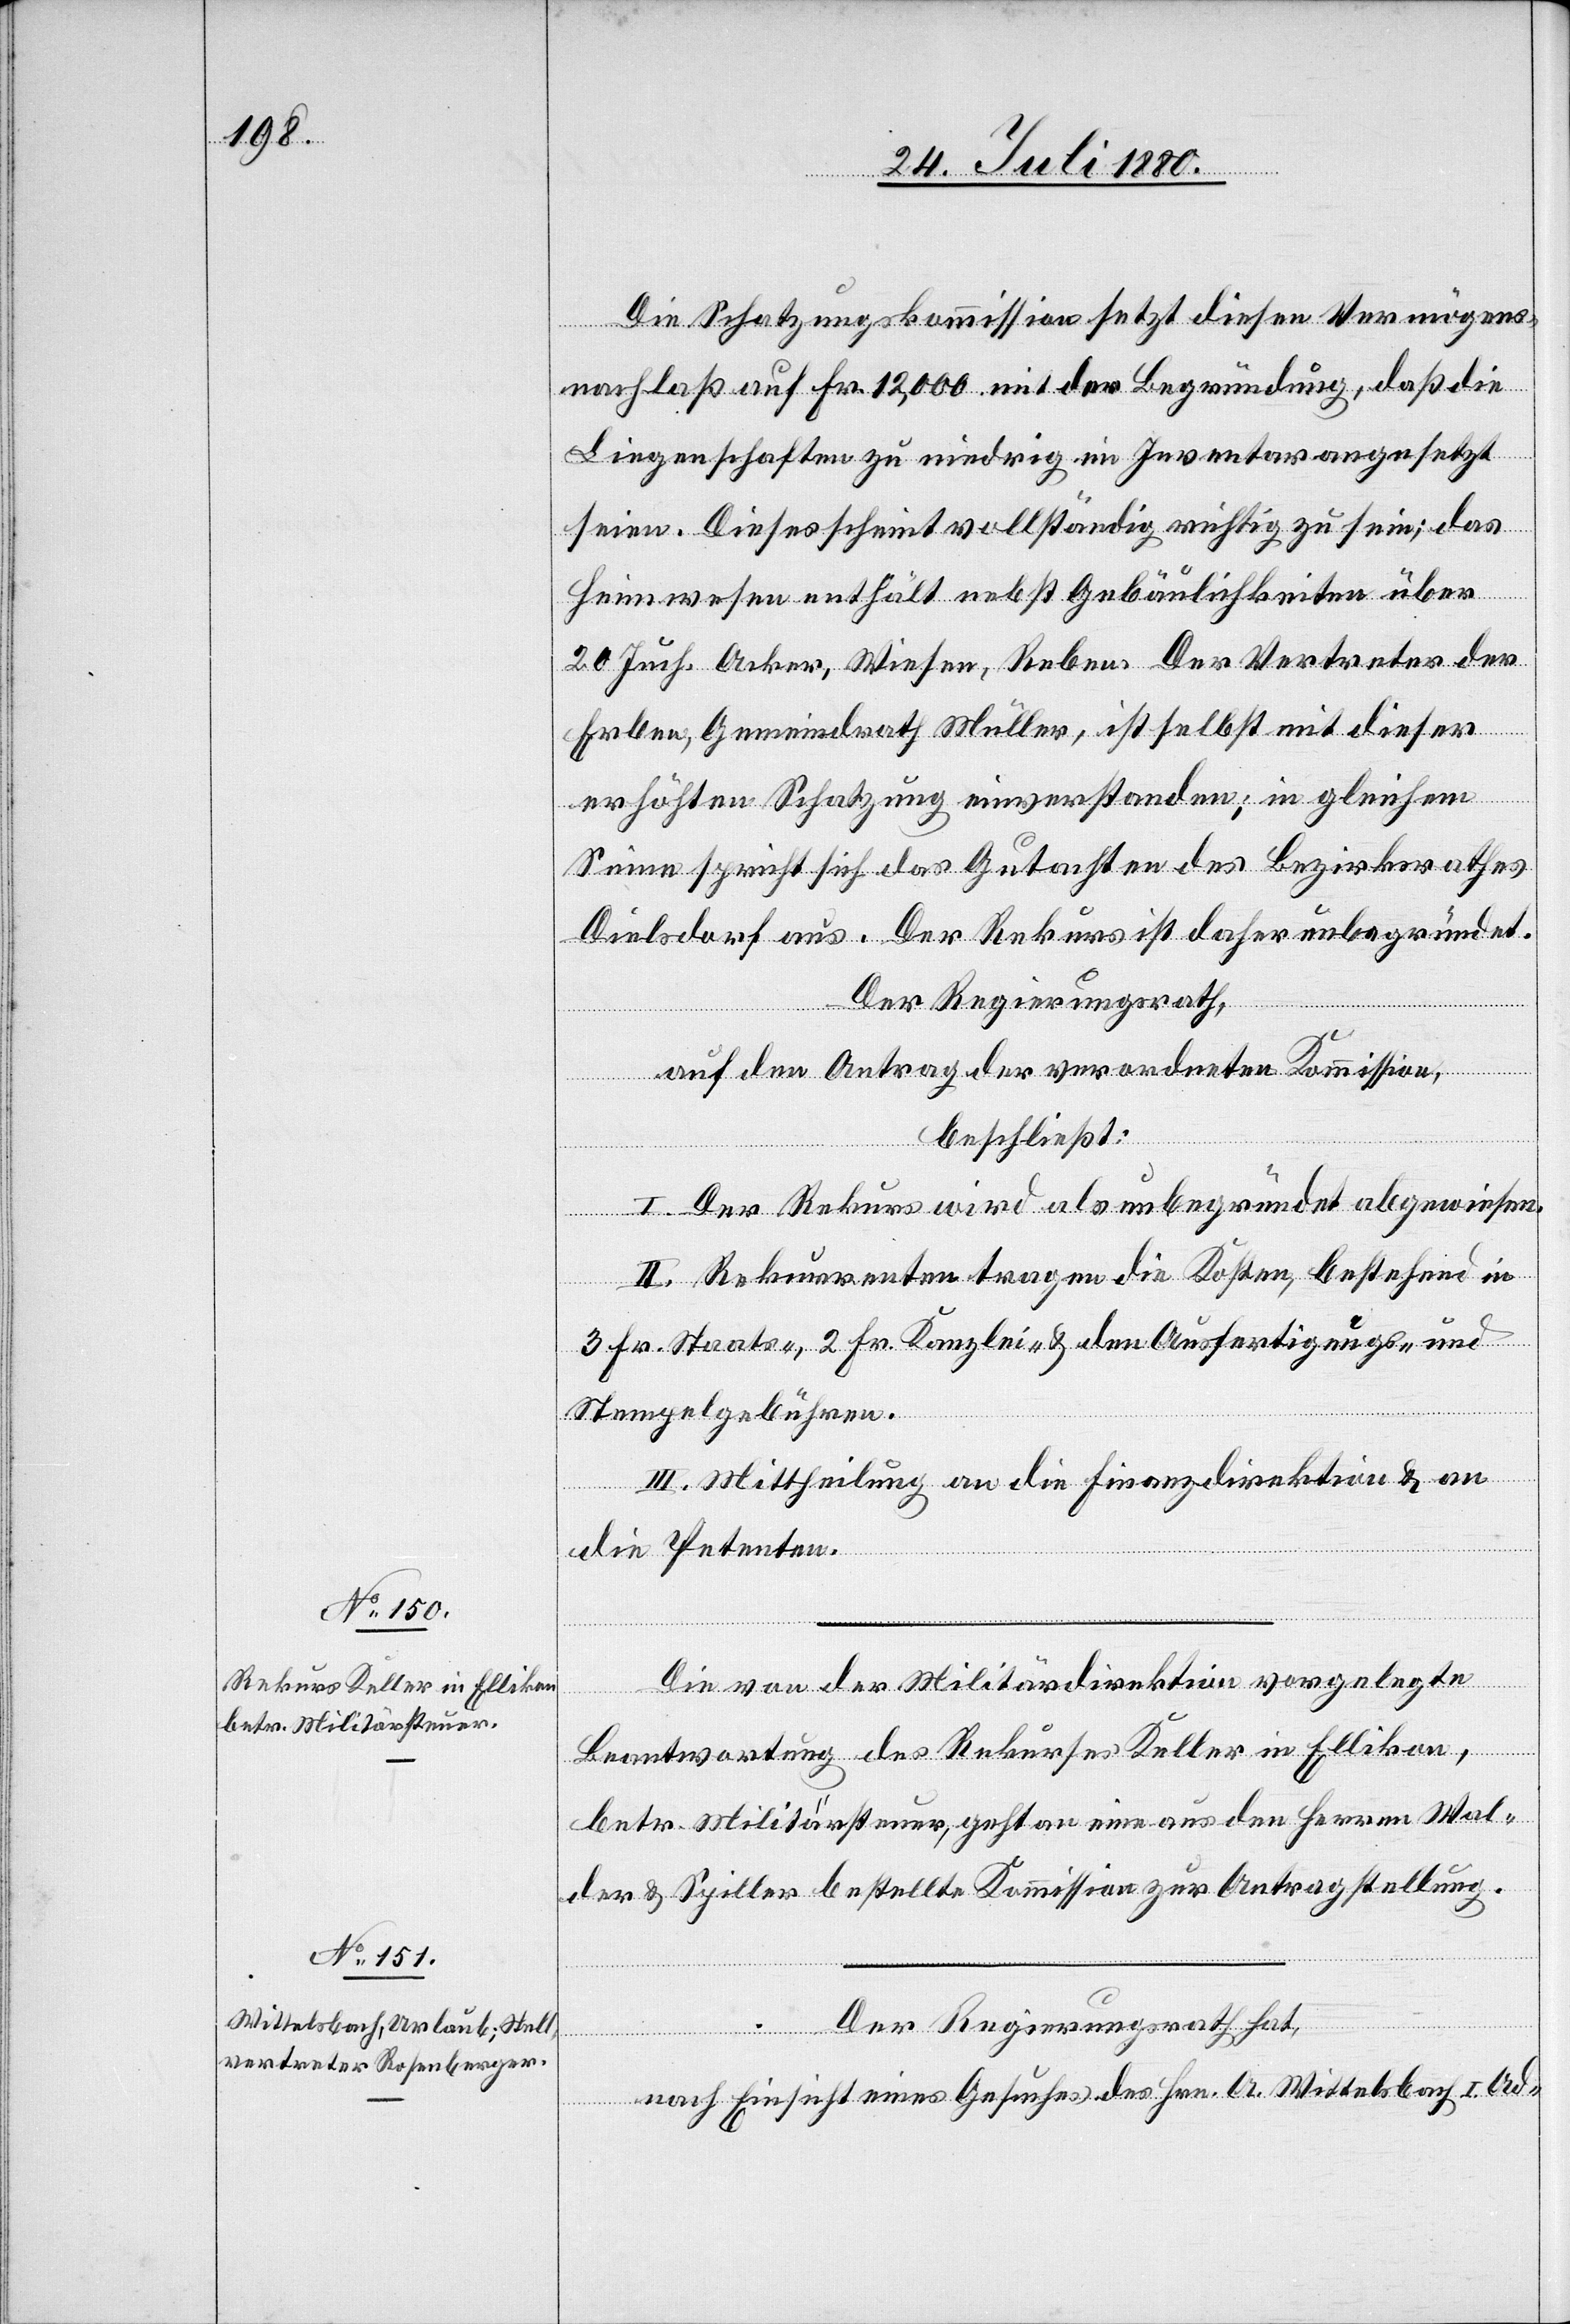
Die Schatzungskommission setzt diesen Vermögens¬
nachlaß auf Fr. 12,000 mit der Begründung, daß die
Liegenschaften zu niedrig im Inventar angesetzt
seien. Dieses scheint vollständig richtig zu sein; das
Heimwesen enthält nebst Gebäulichkeiten über
20 Juch. Acker, Wiesen, Reben. Der Vertreter des
Erben, Gemeindrath Müller, ist selbst mit dieser
erhöhten Schatzung einverstanden; in gleichem
Sinne spricht sich das Gutachten des Bezirksrathes
Dielsdorf aus. Der Rekurs ist daher unbegründet.
Der Regierungsrath,
auf den Antrag der verordneten Kommission,
beschließt:
I. Der Rekurs wird als unbegründet abgewiesen.
II. Rekurrenten tragen die Kosten, bestehen in
3 Fr. Staats-, 2 Fr. Kanzlei- & den Ausfertigungs- und
Stempelgebühren.
III. Mittheilung an die Finanzdirektion & an
die Petenten.
Die von der Militärdirektion vorgelegte
Beantwortung des Rekurses Keller in Ellikon,
betr. Militärsteuer, geht an eine aus den Herren Wal¬
der & Spiller bestellte Kommission zur Antragstellung.
Der Regierungsrath hat,
nach Einsicht eines Gesuches des Hrn. A. Wittelsbach I. Ad-